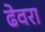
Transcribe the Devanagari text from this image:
ढेवरा